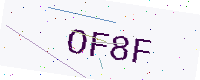
Text: OF8F